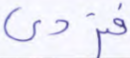
فتردى